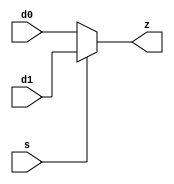
`timescale 1ns / 1ps
//////////////////////////////////////////////////////////////////////////////////
// Company: 
// Engineer: 
// 
// Design Name: 
// Module Name: mux_2to1
// Project Name: 
// Target Devices: 
// Tool Versions: 
// Description: 
// 
// Dependencies: 
// 
// Revision:
// Revision 0.01 - File Created
// Additional Comments:
// 
//////////////////////////////////////////////////////////////////////////////////


module mux_2to1(s, d0, d1, z);

input s, d0, d1;
output z;

assign z = s ? d1 : d0;
endmodule